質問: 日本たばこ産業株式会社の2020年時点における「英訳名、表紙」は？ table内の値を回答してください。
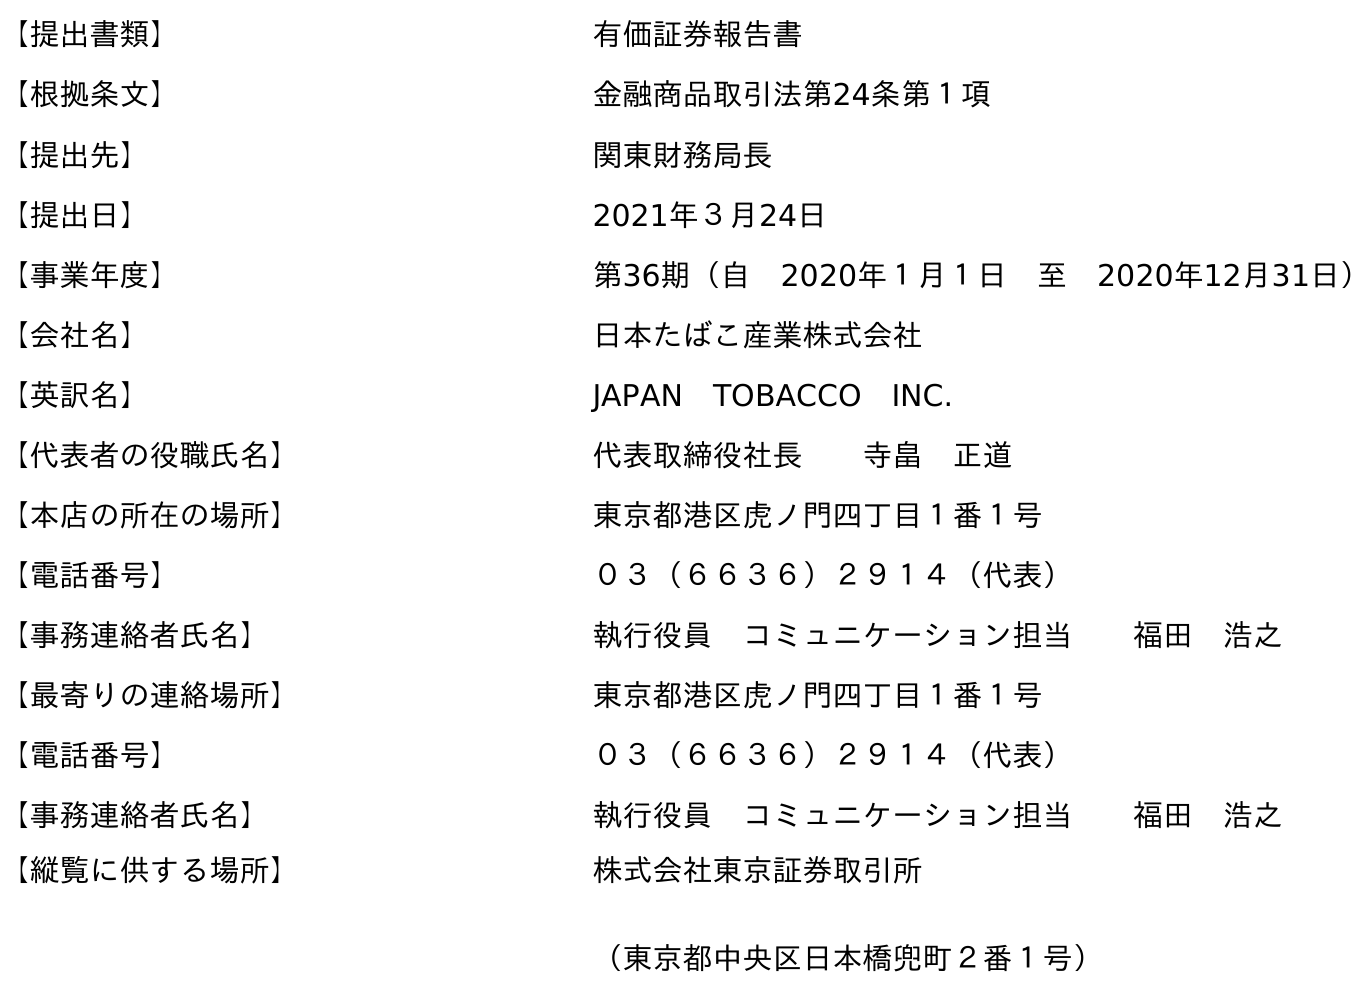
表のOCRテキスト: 【提出書類】 有価証券報告書 【根拠条文】 金融商品取引法第24条第１項 【提出先】 関東財務局長 【提出日】 2021年３月24日 【事業年度】 第36期（自 2020年１月１日 至 2020年12月31日） 【会社名】 日本たばこ産業株式会社 【英訳名】 JAPAN TOBACCO INC. 【代表者の役職氏名】 代表取締役社長  寺畠 正道 【本店の所在の場所】 東京都港区虎ノ門四丁目１番１号 【電話番号】 ０３（６６３６）２９１４（代表） 【事務連絡者氏名】 執行役員 コミュニケーション担当  福田 浩之 【最寄りの連絡場所】 東京都港区虎ノ門四丁目１番１号 【電話番号】 ０３（６６３６）２９１４（代表） 【事務連絡者氏名】 執行役員 コミュニケーション担当  福田 浩之 【縦覧に供する場所】 株式会社東京証券取引所 （東京都中央区日本橋兜町２番１号）
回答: JAPAN　TOBACCO　INC.